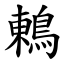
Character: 鶇